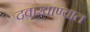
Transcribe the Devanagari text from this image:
दवाखाण्यात